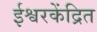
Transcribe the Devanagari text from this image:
ईश्वरकेंद्रित